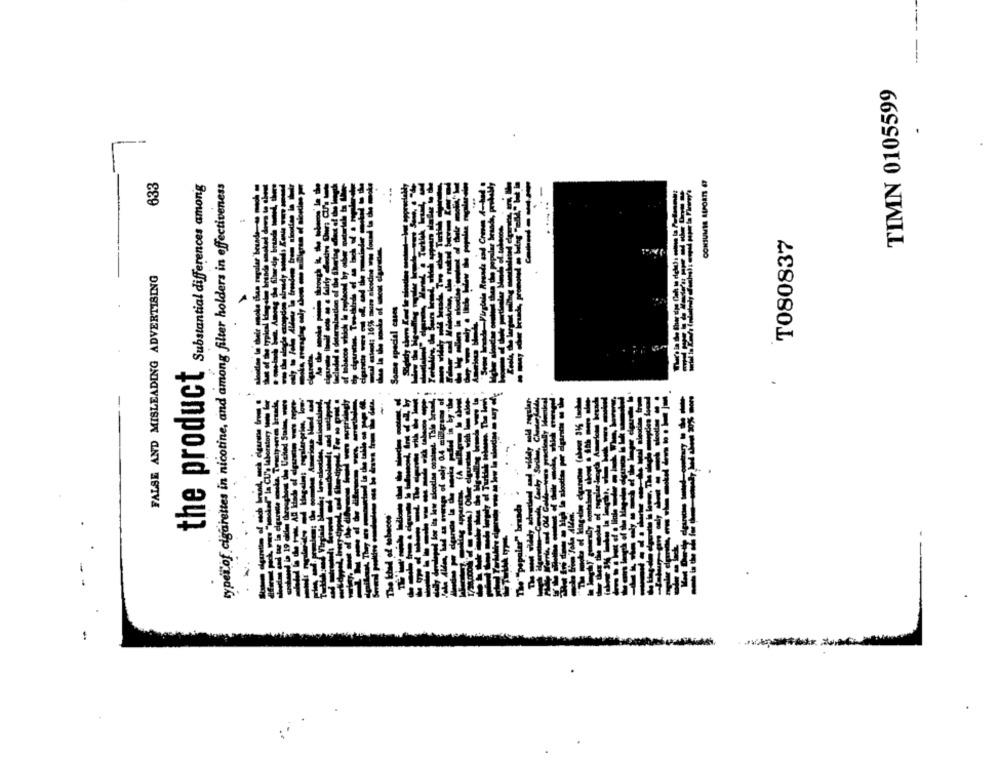
TIMN 0105599
633
typeïof cigarettes in nicotine, and among filter holders in effectiveness
the product Substantial diferences among
T080837
FALSE AND MISLEADING ADVERTISING